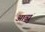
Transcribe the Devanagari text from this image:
आव्युं